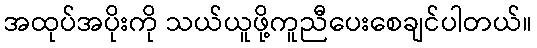
အထုပ်အပိုးကို သယ်ယူဖို့ကူညီပေးစေချင်ပါတယ်။